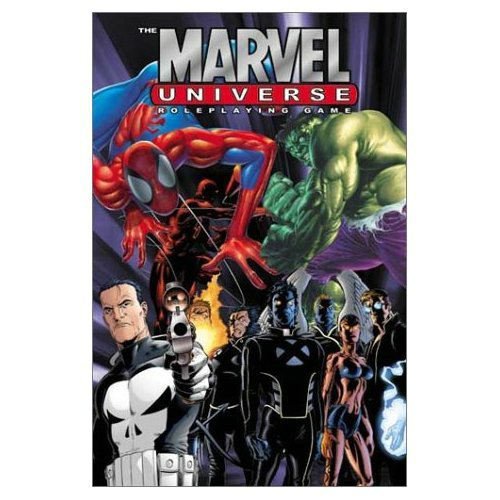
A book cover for The Marvel Universe:  Roleplaying Game; Marvel Entertainment; Teen & Young Adult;